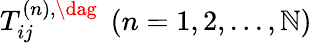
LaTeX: {T_{ij}^{\left(n\right),\dag}}\; \left({n=1,2,...,\mathbb{N}}\right)